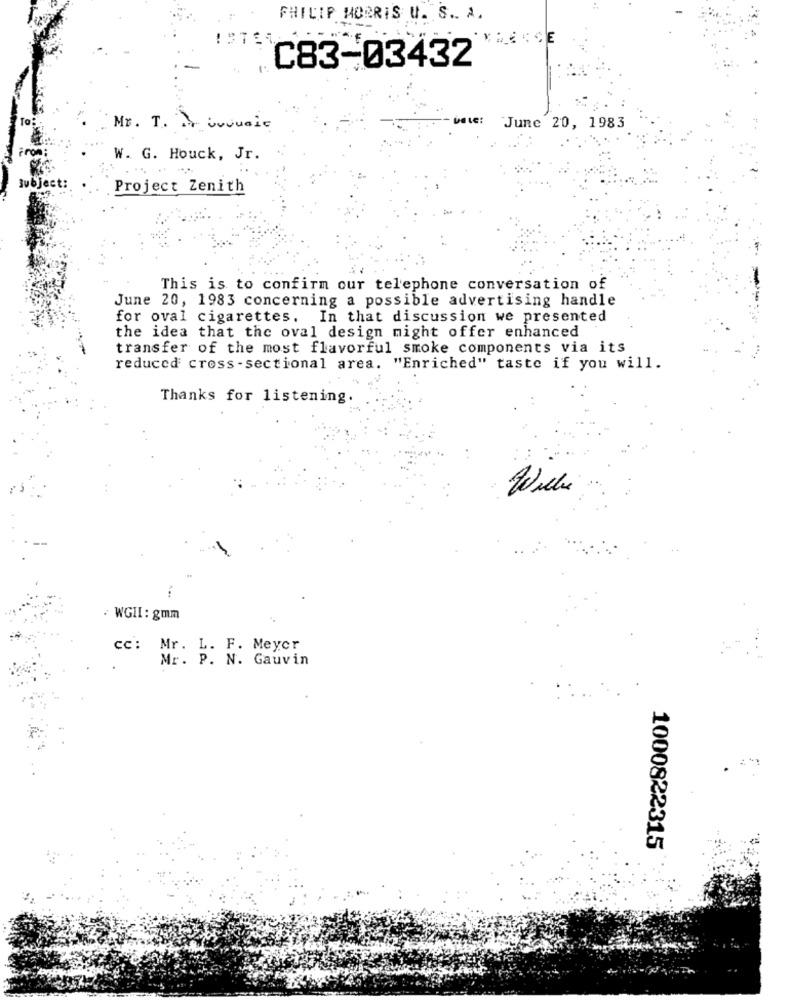
PHILIP MORRIS U. S. A.
C83-03432
To:
Mr. T. Muuuuale
June 20, 1983
From
W. G. Houck, Jr.
Subject:
Project Zenith
This is to confirm our telephone conversation of
June 20, 1983 concerning a possible advertising handle
for oval cigarettes. In that discussion we presented
the idea that the oval design might offer enhanced
transfer of the most flavorful smoke components via its
reduced cross -sectional area. "Enriched" taste if you will.
Thanks for listening.
Wiele
. WGII: gmm
cc: Mr. L. F. Meyer
Mr. P. N. Gauvin
1000822315